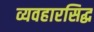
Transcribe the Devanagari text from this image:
व्यवहारसिद्ध